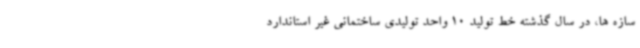
سازه ها، در سال گذشته خط تولید 10 واحد تولیدی ساختمانی غیر استاندارد